Medical and sanitary report of the native army of Bengal for the year
Year: 1875
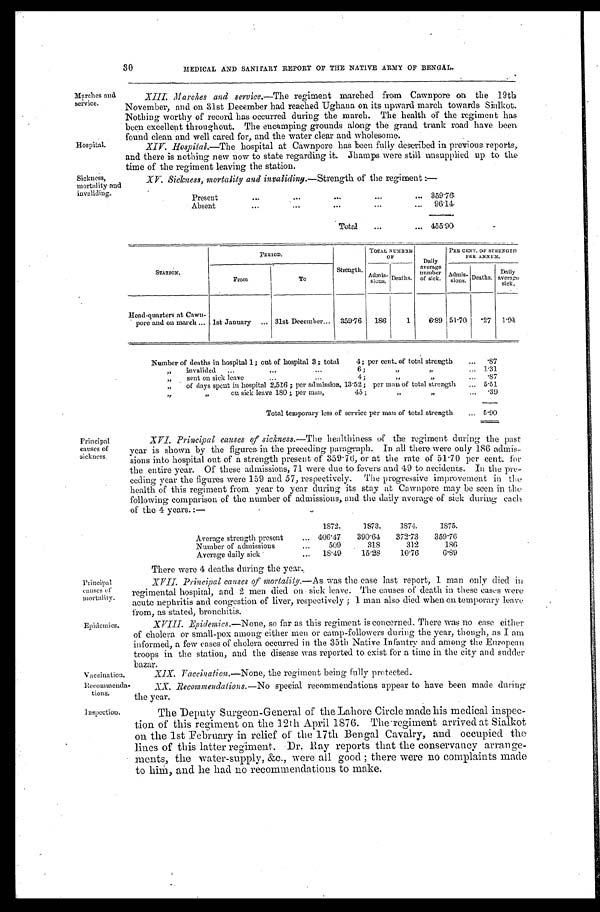
Principal
causes of
mortality.
Epidemics.
Recommenda-
tions.
Inspection.
30
MEDICAL AND SANITARY REPORT OF THE NATIVE ARMY OF BENGAL.
Marches and
service.
Hospital.
XIII. Marches and service.—The regiment marched from Cawnpore on the 19th
November, and on 31st December had reached Ughana on its upward march towards Sialkot.
Nothing worthy of record has occurred during the march. The health of the regiment has
been excellent throughout. The encamping grounds along the grand trunk road have been
f o u n d c l e a n a n d w e l l c a r e d f o r , a n d t h e w a t e r c l e a r a n d w h o l e s o m e .
XIV. Hospital.—The hospital at Cawnpore has been fully described in previous reports,
and there is nothing new now to state regarding it. Jhamps were still unsupplied up to the
time of the regiment leaving the station.
Sickness,
mortality and
invaliding.
XV. Sickness, mortality and invaliding.—Strength of the regiment:—
Present
.
.
. 359.76
Absent
.
.
.
96.14
Total . . . 455.90
S T A T I O N .
PERIOD.
T O T A L N U M B E R O F
Daily
average
number
of sick.
PER CENT. OF STRENGTH
PER ANNUM.
STATION.
From
To
Strength.
Admis-
s i o n s . Deaths.
Admis-sions. Deaths.
Daily
average
sick.
Head-quarters at Cawn
- pore and on march . . . 1st January . . .
31st December . . . 359.76
186
1
6.89 51.70
.27
1 . 9 < i l l e g i b l e >
Number of deaths in hospital 1; out of hospital 3; total
4; per cent. of total strength . . . .87
"
invalided . . . 6; " " . . . 1.31
" s e n t o n s i c k l e a v e . . . 4 ; " " . . .
.87
" of days spent in hospital 2,516 ; per admission, 13.52; per man of total strength . . . 5.51
" on sick leave 180 ; per man,
45;
" " . . . .39
Total temporary less of service per man of total strength . . . 5.90
Principal
causes of
sickness.
XVI. Principal causes of sickness.—The healthiness of the regiment during the past
year is shown by the figures in the preceding paragraph. In all there were only 186 admis
-sions into hospital out of a strength present of 359.76, or at the rate of 51.70 per cent. for
the entire year. Of these admissions, 71 were due to fevers and 49 to accidents. In the pre
-ceding year the figures were 159 and 57, respectively. The progressive improvement in the
health of this regiment from year to year during its stay at Cawnpore may be seen in the
following comparison of the number of admissions, and the daily average of sick during each
of the 4 years. :—
1872.
1873.
1874.
1875.
Average strength present . . . 406.47
390.64
372.73
359.76
Number of admissions . . .
509
318
312
186
Average daily sick . . .
18.49
15.28
19.76
6.89
There were 4 deaths during the year.
XVII. Principal causes of mortality.—As was the ease last report, 1 man only died in
regimental hospital, and 2 men died on sick leave. The causes of death in these cases were
acute nephritis and congestion of liver, respectively ; 1 man also died when on temporary leave
from, as stated, bronchitis.
XVIII. Epidemics.—None,
so far as this regiment is concerned. There was no case either
of cholera or small-pox among either men or camp-followers during the year, though, as I am
informed, a few cases of cholera occurred in the 35th Native Infantry and among the European
troops in the station, and the disease was reported to exist for a time in the city and sudder bazar.
Vaccination.
XIX. Vaccination.—None, the regiment being fully protected.
XX. Recommendations.— No special recommendations appear to have been made during
the year.
The Deputy Surgeon-General of the Lahore Circle made his medical inspec
-tion of this regiment on the 12th April 1876. The regiment arrived at Sialkot
on the 1st February in relief of the 17th Bengal Cavalry, and occupied the
lines of this latter regiment. Dr. Ray reports that the conservancy arrange
-ments, the water-supply, &c., were all good ; there were no complaints made
to him, and he had no recommendations to make.